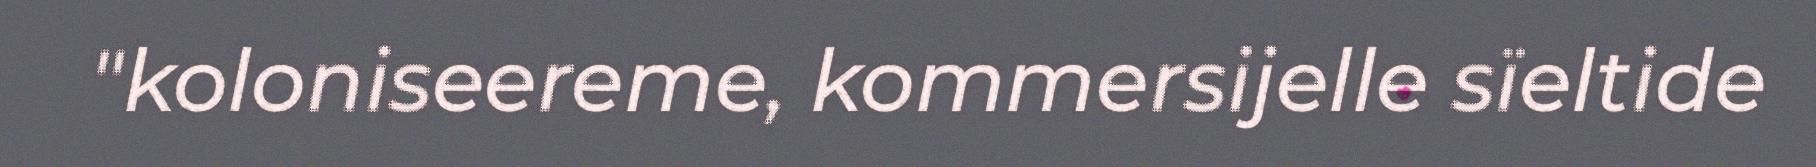
"koloniseereme, kommersijelle sïeltide